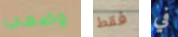
وضعي فقط في